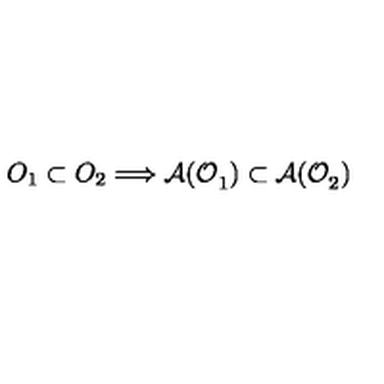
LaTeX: O _ { 1 } \subset O _ { 2 } \Longrightarrow \mathcal { A ( O } _ { 1 } \mathcal { ) } \subset \mathcal { A ( O } _ { 2 } \mathcal { ) }